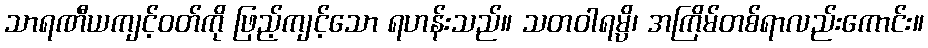
သာရဏီယကျင့်ဝတ်ကို ဖြည့်ကျင့်သော ရဟန်းသည်။ သတဝါရမ္ပိ၊ အကြိမ်တစ်ရာလည်းကောင်း။